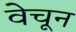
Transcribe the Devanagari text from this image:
वेचून